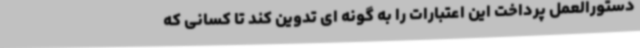
دستورالعمل پرداخت این اعتبارات را به گونه ای تدوین کند تا کسانی که